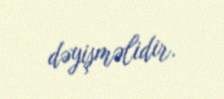
dəyişməlidir.